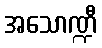
အသောဏ္ဍီ